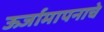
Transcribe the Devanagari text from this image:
ऊर्जामापनाचे